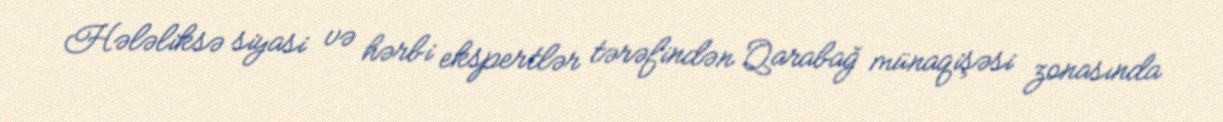
Hələliksə siyasi və hərbi ekspertlər tərəfindən Qarabağ münaqişəsi zonasında